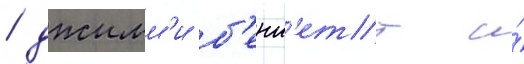
/ джимм'и б'енн'етт и́